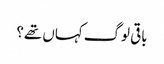
باقی لوگ کہاں تھے؟